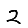
Digit: 2